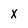
Character: X